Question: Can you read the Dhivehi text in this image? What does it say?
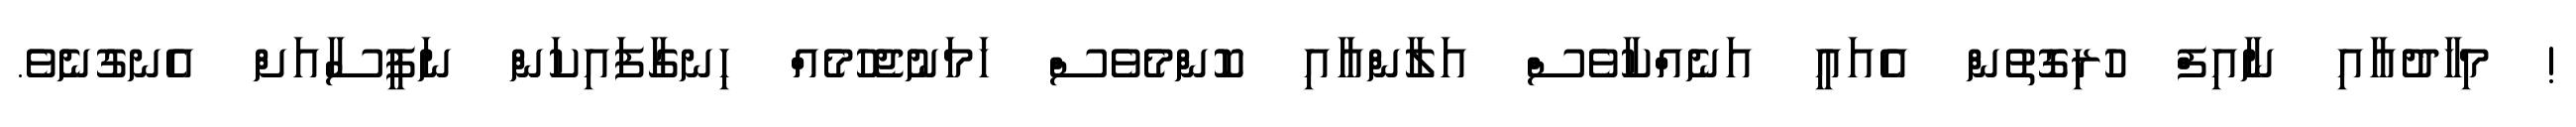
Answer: ! މިހާދުއާއި ނާއިފް ހުރިގޮތުން އެއައީ އަނެއްކާވެސް އަލާންއާއި ކޮންމެވެސް ހަމަނުޖެހުމެއް ހިނގާފައިކަން ނަފީސާއަށް އެނގުނެވެ.